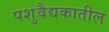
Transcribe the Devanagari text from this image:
पशुवैद्यकातील